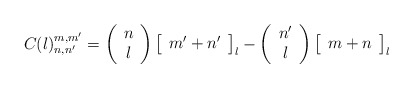
\begin{align*}C(l)_{n,n'}^{m,m'} = \left (\begin{array}{cc} n \\ l \end{array}\right ) \left [\begin{array}{c} m' + n' \end{array}\right ]_{l} - \left (\begin{array}{cc} n' \\ l \end{array}\right ) \left [\begin{array}{c} m + n \end{array}\right ]_{l}\end{align*}